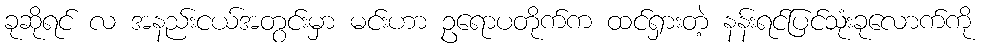
ခုဆိုရင် လ အနည်းငယ်အတွင်းမှာ မင်းဟာ ဥရောပတိုက်က ထင်ရှားတဲ့ နန်းရင်ပြင်သုံးခုလောက်ကို